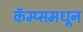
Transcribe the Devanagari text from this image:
कॅम्प्समधून